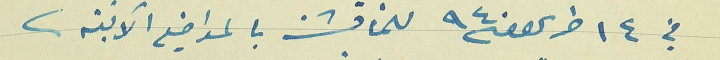
في ١٤ حزيران سنة ٩٤٠ للمناقشة بالمواضيع الآتية.